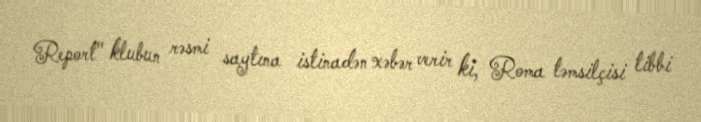
Report" klubun rəsmi saytına istinadən xəbər verir ki, Roma təmsilçisi tibbi